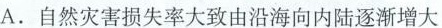
A .自然灾害损失率大致由沿海向内陆逐渐增大